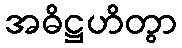
အဓိဋ္ဌဟိတွာ